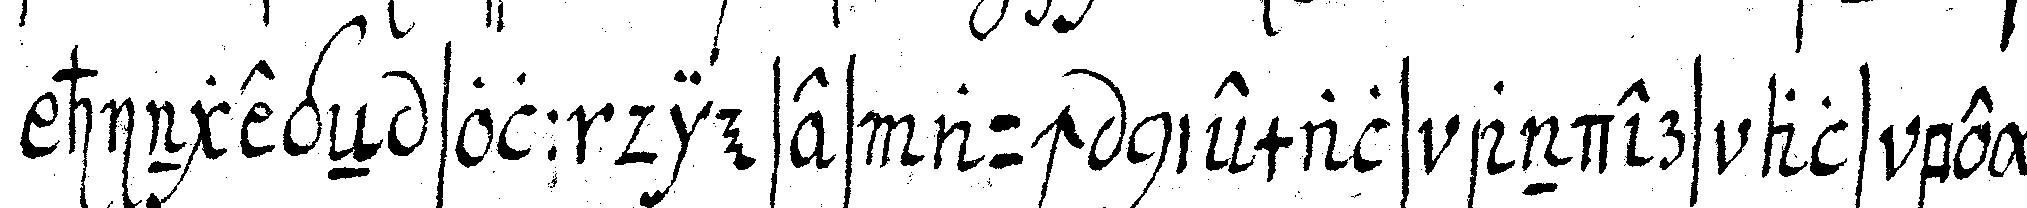
hingegeN soll dieses auch niemals anders als bey